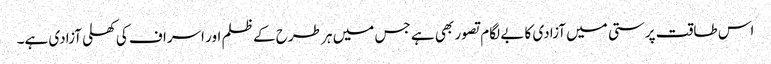
اس طاقت پرستی میں آزادی کا بے لگام تصور بھی ہے جس میں ہر طرح کے ظلم اور اسراف کی کھلی آزادی ہے۔